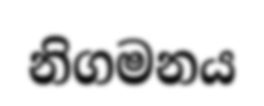
නිගමනය